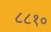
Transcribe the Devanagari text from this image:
८८१०